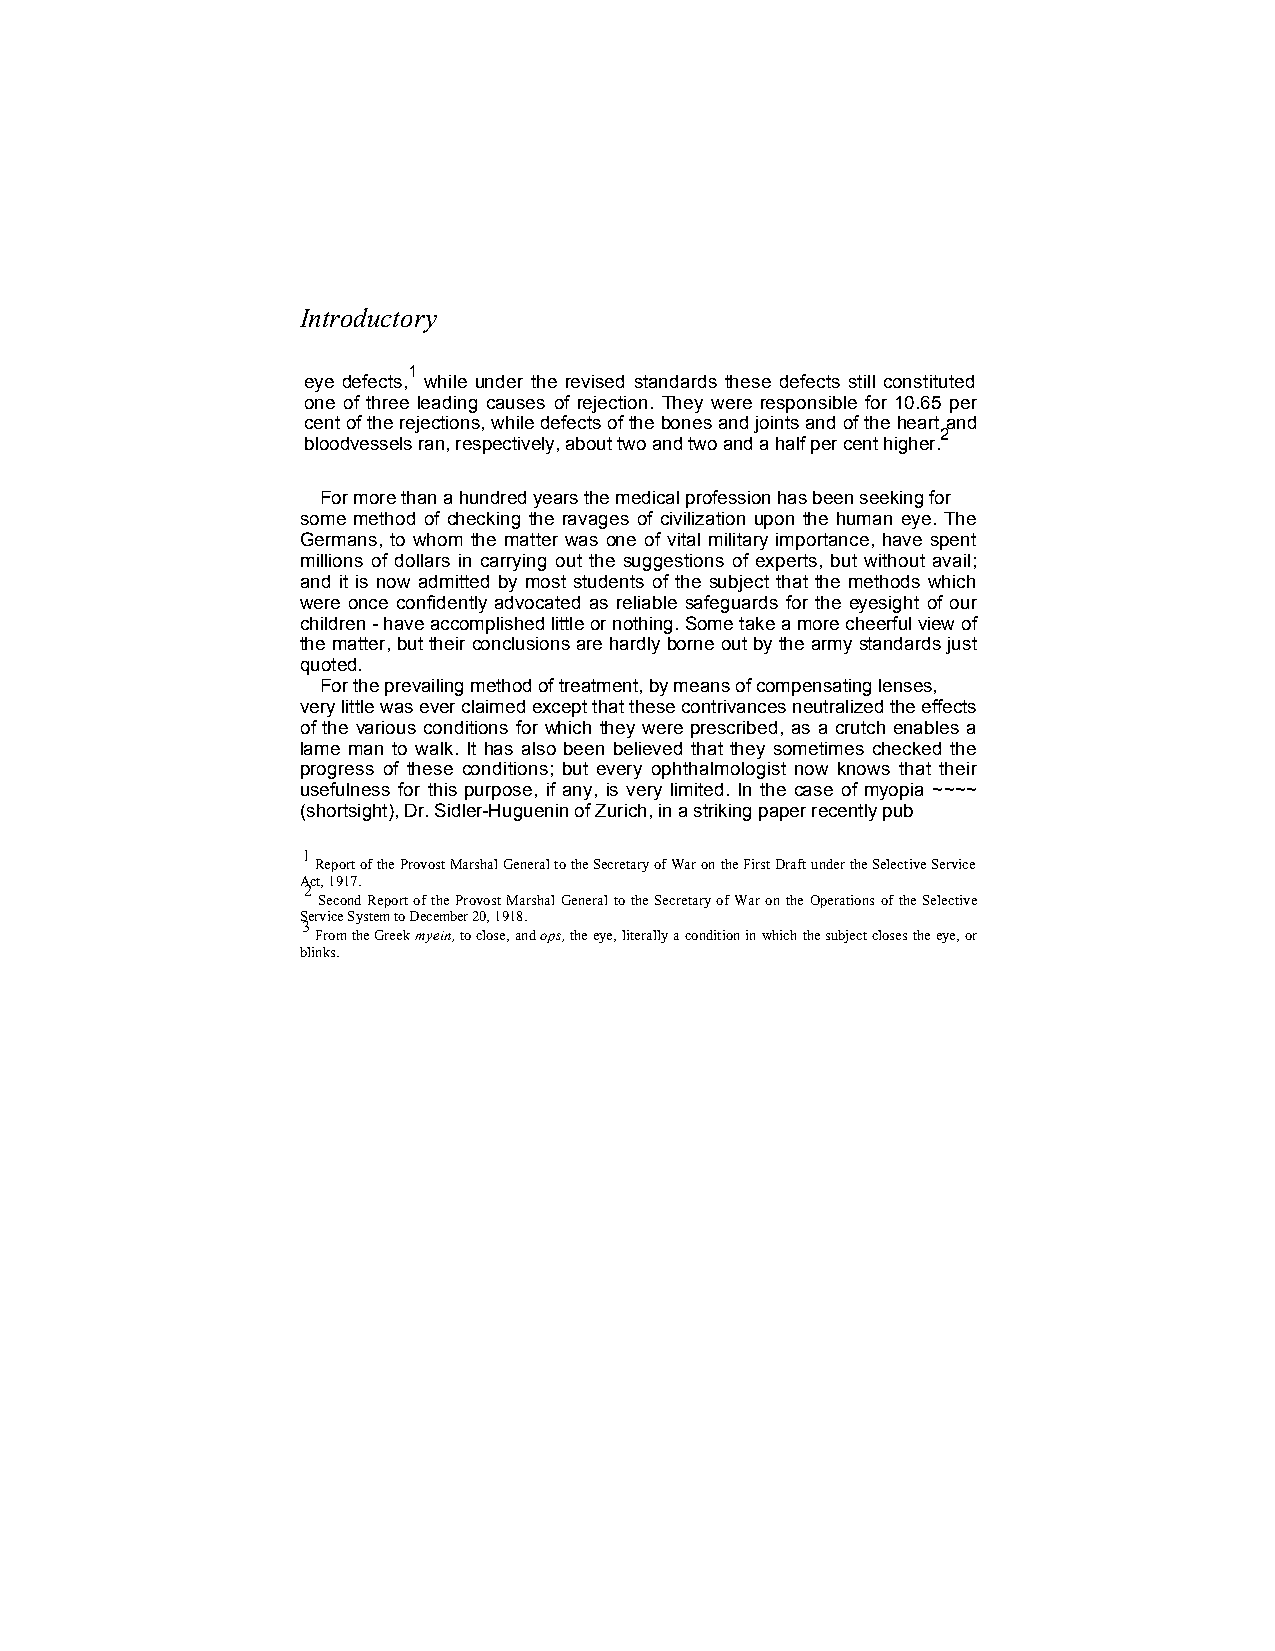
Introductory
 1
 eye defects, while under the revised standards these defects still constituted
 one of three leading causes of rejection. They were responsible for 10.65 per
 cent of the rejections, while defects of the bones and joints and of the heart and
 2
 bloodvessels ran, respectively, about two and two and a half per cent higher.
 For more than a hundred years the medical profession has been seeking for
 some method of checking the ravages of civilization upon the human eye. The
 Germans, to whom the matter was one of vital military importance, have spent
 millions of dollars in carrying out the suggestions of experts, but without avail;
 and it is now admitted by most students of the subject that the methods which
 were once confidently advocated as reliable safeguards for the eyesight of our
 children - have accomplished little or nothing. Some take a more cheerful view of
 the matter, but their conclusions are hardly borne out by the army standards just
 quoted.
 For the prevailing method of treatment, by means of compensating lenses,
 very little was ever claimed except that these contrivances neutralized the effects
 of the various conditions for which they were prescribed, as a crutch enables a
 lame man to walk. It has also been believed that they sometimes checked the
 progress of these conditions; but every ophthalmologist now knows that their
 usefulness for this purpose, if any, is very limited. In the case of myopia ~~~~
 (shortsight), Dr. Sidler-Huguenin of Zurich, in a striking paper recently pub
 1
 Report of the Provost Marshal General to the Secretary of War on the First Draft under the Selective Service
 Act, 1917.
 2
 Second Report of the Provost Marshal General to the Secretary of War on the Operations of the Selective
 Service System to December 20, 1918.
 3
 From the Greek myein, to close, and ops, the eye, literally a condition in which the subject closes the eye, or
 blinks.